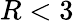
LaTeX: R<3